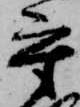
守